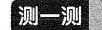
测一测